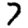
Digit: 7